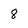
Character: 8